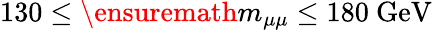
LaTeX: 130\leq\ensuremath{m_{\mu\mu}}\leq 180\ \mathrm{GeV}